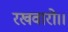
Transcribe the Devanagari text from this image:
रखवारो।।